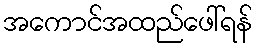
အကောင်အထည်ဖေါ်ရန်